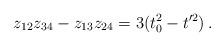
LaTeX: \begin{align*}z_{12}z_{34}-z_{13}z_{24}= 3(t_0^2-t'^2)\,.\end{align*}